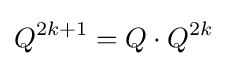
Q^{2k+1}=Q\cdot Q^{2k}